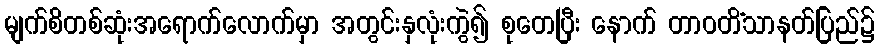
မျက်စိတစ်ဆုံးအရောက်လောက်မှာ အတွင်းနှလုံးကွဲ၍ စုတေပြီး နောက် တာဝတိံသာနတ်ပြည်၌